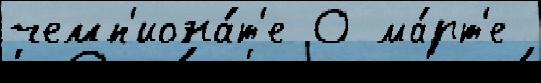
чемп'иона́т'е 0 ма́рт'е